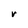
Character: r